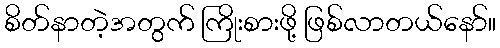
စိတ်နာတဲ့အတွက် ကြိုးစားဖို့ ဖြစ်လာတယ်နော်။